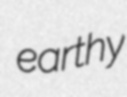
earthy